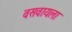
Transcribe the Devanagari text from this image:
वसवायला